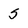
Character: 5